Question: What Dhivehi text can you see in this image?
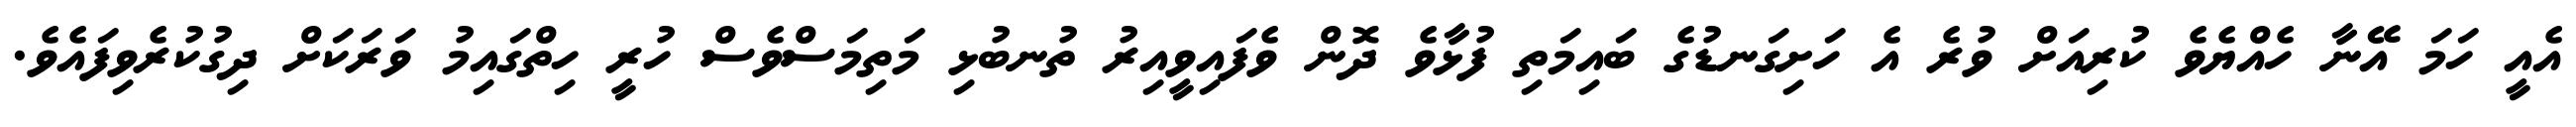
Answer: އެއީ ހަމަ އޭނާ ހެއްޔެވެ ކުރިއަށް ވުރެ އެ ހަށިގަނޑުގެ ބައިމަތި ފުޅާވެ ދޮން ވެފައިވީއިރު ތުނބުޅި މަތިމަސްވެސް ހުރީ ހިތްގައިމު ވަރަކަށް ދިގުކުރެވިފައެވެ.